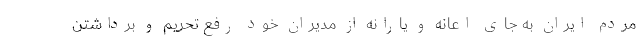
مردم ایران به جای اعانه و یارانه از مدیران خود رفع تحریم و برداشتن